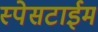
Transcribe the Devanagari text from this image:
स्पेसटाईम